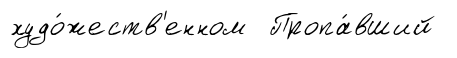
худо́жеств'енном Пропа́вший